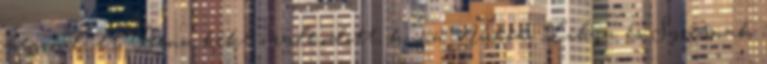
megindult. Benn béke uralkodott; künn Nubia, Libya és Syriának